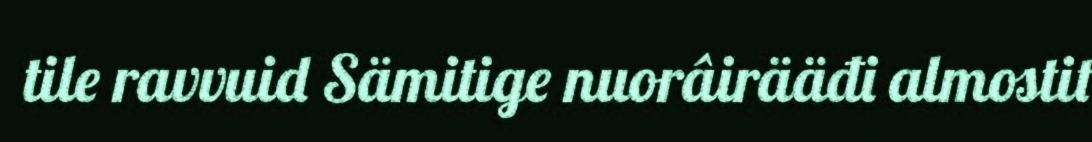
tile ravvuid Sämitige nuorâirääđi almostit